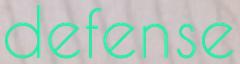
defense